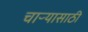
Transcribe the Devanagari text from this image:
चाऱ्यासाठी